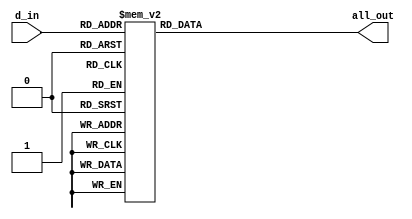
/*
*  Behavioural BCD to 7-segment decoder
*  Signals are active low
*/


module BehavBCDto7(all_out, d_in);

  input [3:0] d_in;
  output [6:0] all_out;
  reg [6:0] all_out;

  // all_out format {g, f, e, d, c, b, a}
  always @(d_in)
    case (d_in)
      4'h0: all_out = 7'b1000000;
      4'h1: all_out = 7'b1111001;
      4'h2: all_out = 7'b0100100;
      4'h3: all_out = 7'b0110000;
      4'h4: all_out = 7'b0011001;
      4'h5: all_out = 7'b0010010;
      4'h6: all_out = 7'b0000010;
      4'h7: all_out = 7'b1111000;
      4'h8: all_out = 7'b0000000;
      4'h9: all_out = 7'b0010000;
      4'hA: all_out = 7'b0001000;
      4'hB: all_out = 7'b0000011;
      4'hC: all_out = 7'b1000110;
      4'hD: all_out = 7'b0100001;
      4'hE: all_out = 7'b0000110;
      4'hF: all_out = 7'b0001110;
      default: all_out = 7'b0110110;
    endcase

endmodule

/*
* Testbench
*/

module BehavBCDto7TB();

reg [3:0]d_in;
wire [6:0] all_out;

BehavBCDto7 bcd(all_out, d_in);

//setup
initial
begin
	d_in <= 4'b0000;
	#10 d_in <= 4'b0001;
	#20 d_in <= 4'b0010;
	#30 d_in <= 4'b0011;
	#40 d_in <= 4'b0100;
	#50 d_in <= 4'b0101;
	#60 d_in <= 4'b0110;
	#70 d_in <= 4'b0111;
	#80 d_in <= 4'b1000;
	#90 d_in <= 4'b1001;
	#100 d_in <= 4'b1010;
	#110 d_in <= 4'b1100;
	#120 d_in <= 4'b1101;
	#130 d_in <= 4'b1110;
	#140 d_in <= 4'b1111;
	#150 d_in <= 4'b0000;
	#160 d_in <= 4'b0001;

end
endmodule